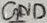
Text: GND